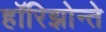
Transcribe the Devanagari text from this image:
हॉरिझोन्ते